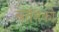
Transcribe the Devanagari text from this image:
बर्तनको